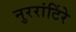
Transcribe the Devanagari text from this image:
नुररांटिंरे